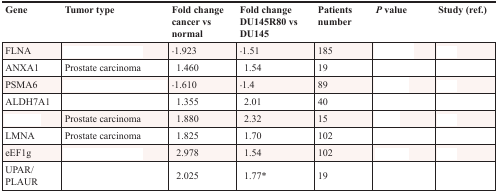
<table><thead><tr><td><b>Gene</b></td><td><b>Tumor type</b></td><td><b>Fold change cancer vs normal</b></td><td><b>Fold change DU145R80 vs DU145</b></td><td><b>Patients number</b></td><td><b><i>P</i> value</b></td><td><b>Study (ref.)</b></td></tr></thead><tbody><tr><td>FLNA</td><td>[EMPTY_CELL]</td><td>−1.923</td><td>−1.51</td><td>185</td><td>[EMPTY_CELL]</td><td>[EMPTY_CELL]</td></tr><tr><td>ANXA1</td><td>Prostate carcinoma</td><td>1.460</td><td>1.54</td><td>19</td><td>[EMPTY_CELL]</td><td>[EMPTY_CELL]</td></tr><tr><td>PSMA6</td><td>[EMPTY_CELL]</td><td>−1.610</td><td>−1.4</td><td>89</td><td>[EMPTY_CELL]</td><td>[EMPTY_CELL]</td></tr><tr><td>ALDH7A1</td><td>[EMPTY_CELL]</td><td>1.355</td><td>2.01</td><td>40</td><td>[EMPTY_CELL]</td><td>[EMPTY_CELL]</td></tr><tr><td>[EMPTY_CELL]</td><td>Prostate carcinoma</td><td>1.880</td><td>2.32</td><td>15</td><td>[EMPTY_CELL]</td><td>[EMPTY_CELL]</td></tr><tr><td>LMNA</td><td>Prostate carcinoma</td><td>1.825</td><td>1.70</td><td>102</td><td>[EMPTY_CELL]</td><td>[EMPTY_CELL]</td></tr><tr><td>eEF1g</td><td>[EMPTY_CELL]</td><td>2.978</td><td>1.54</td><td>102</td><td>[EMPTY_CELL]</td><td>[EMPTY_CELL]</td></tr><tr><td>UPAR/PLAUR</td><td>[EMPTY_CELL]</td><td>2.025</td><td>1.77*</td><td>19</td><td>[EMPTY_CELL]</td><td>[EMPTY_CELL]</td></tr></tbody></table>